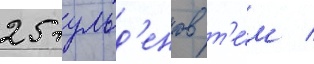
25 гульд'енов т'е́м /